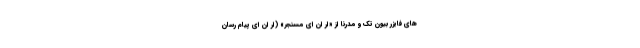
های فایزر بیون تک و مدرنا از «ار ان ای مسنجر» (ار ان ای پیام رسان